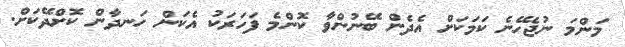
މަންމަ ނުޖެހޭނެ ކަމަކަށް އެދެން ބޭނުންވާ ކޮންމެ ފަަހަރަކު އެކަން ހަނދާން ކޮށްދޭކަށް.